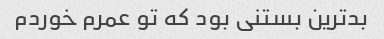
بد‌ترین بستنی بود که تو عمرم خوردم